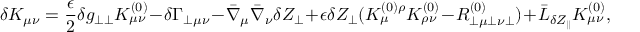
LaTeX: \delta K _ { \mu \nu } = \frac { \epsilon } { 2 } \delta g _ { \perp \perp } K _ { \mu \nu } ^ { ( 0 ) } - \delta \Gamma _ { \perp \mu \nu } - \bar { \nabla } _ { \mu } \bar { \nabla } _ { \nu } \delta Z _ { \perp } + \epsilon \delta Z _ { \perp } ( K _ { \mu } ^ { ( 0 ) \rho } K _ { \rho \nu } ^ { ( 0 ) } - R _ { \perp \mu \perp \nu \perp } ^ { ( 0 ) } ) + \bar { \cal L } _ { \delta Z _ { \parallel } } K _ { \mu \nu } ^ { ( 0 ) } ,